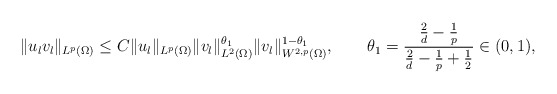
\begin{align*}\|u_{l}v_{l}\|_{L^{p}(\Omega)}\le C \|u_{l} \|_{L^{p}(\Omega)} \|v_{l}\|_{L^{2}(\Omega)}^{\theta_{1}}\|v_{l}\|_{W^{2,p}(\Omega)}^{1-\theta_{1}},\qquad\theta_{1}=\frac{\frac{2}{d}-\frac{1}{p}}{\frac{2}{d}-\frac{1}{p}+\frac{1}{2}}\in(0,1),\end{align*}